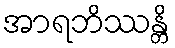
အာရဘိဿန္တိ